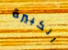
الكبيرة